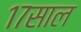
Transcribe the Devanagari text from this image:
१७साल